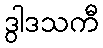
ဒွါဒသကီ